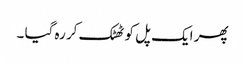
پھر ایک پل کو ٹھٹک کر رہ گیا ۔